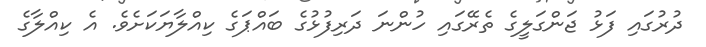
ދުރުގައި ފަޅު ޖަންގަލީގެ ތެރޭގައި ހުންނަ ދަރިފުޅުގެ ބައްޕަގެ ކިއްލާޔަކަށެވެ. އެ ކިއްލާގެ